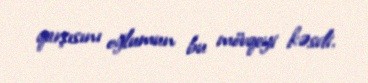
qarşısını oğlumun bu mövqeyi kəsdi.